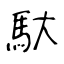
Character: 馱